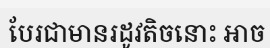
បែរជាមានរដូវតិចនោះ អាច